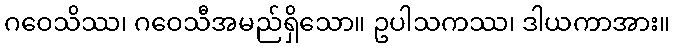
ဂဝေသိဿ၊ ဂဝေသီအမည်ရှိသော။ ဥပါသကဿ၊ ဒါယကာအား။